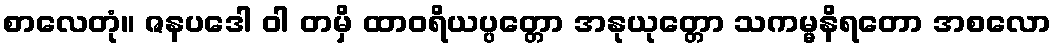
စာလေတုံ။ ဇနပဒေါ ဝါ တမှိ ထာဝရိယပ္ပတ္တော အနုယုတ္တော သကမ္မနိရတော အစလော